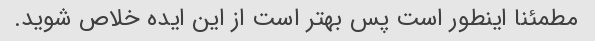
مطمئنا اینطور است پس بهتر است از این ایده خلاص شوید.